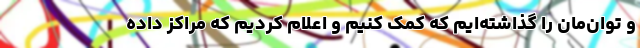
و توان‌مان را گذاشته‌ایم که کمک کنیم و اعلام کردیم که مراکز داده‌